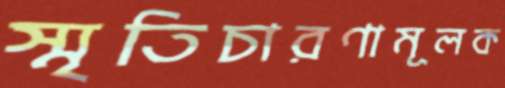
স্মৃতিচারণামূলক